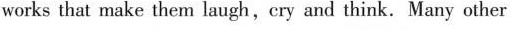
works that make them laugh,ery and think. Many other